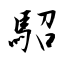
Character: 駋